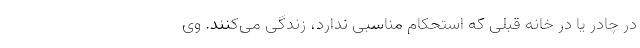
در چادر یا در خانه قبلی که استحکام مناسبی ندارد، زندگی می‌کنند. وی